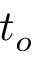
t _ { o }